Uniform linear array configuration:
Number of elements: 32
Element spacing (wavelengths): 0.25
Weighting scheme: uniform
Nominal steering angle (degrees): -45
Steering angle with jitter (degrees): -44.873
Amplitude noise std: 0.05
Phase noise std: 0.05

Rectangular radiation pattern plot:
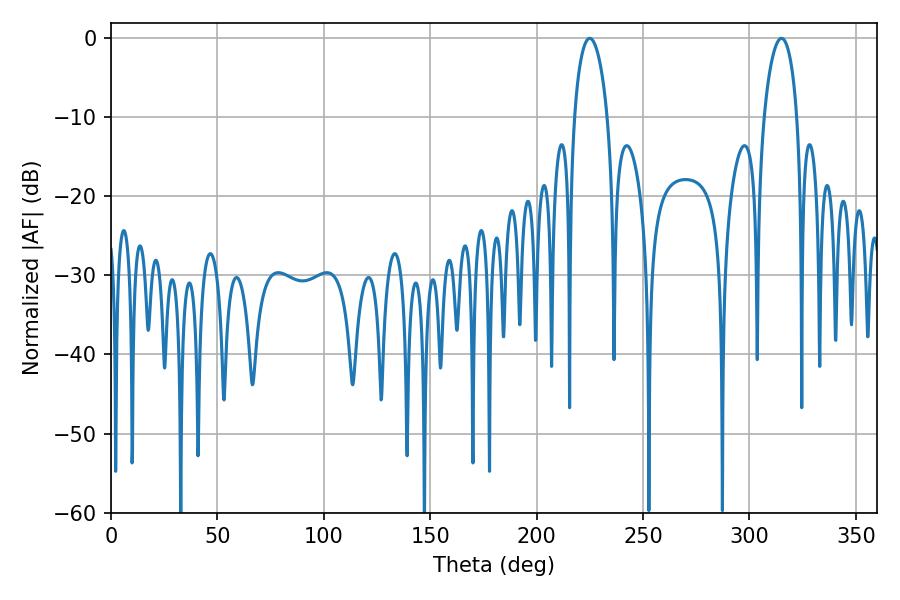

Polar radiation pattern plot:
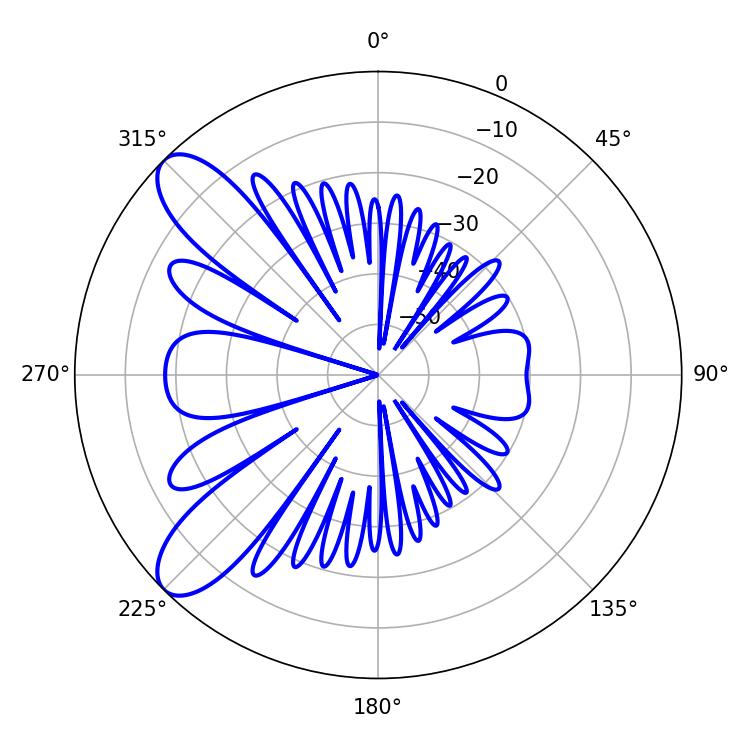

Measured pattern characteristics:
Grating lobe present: FALSE
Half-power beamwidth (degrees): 8.82
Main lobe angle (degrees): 225